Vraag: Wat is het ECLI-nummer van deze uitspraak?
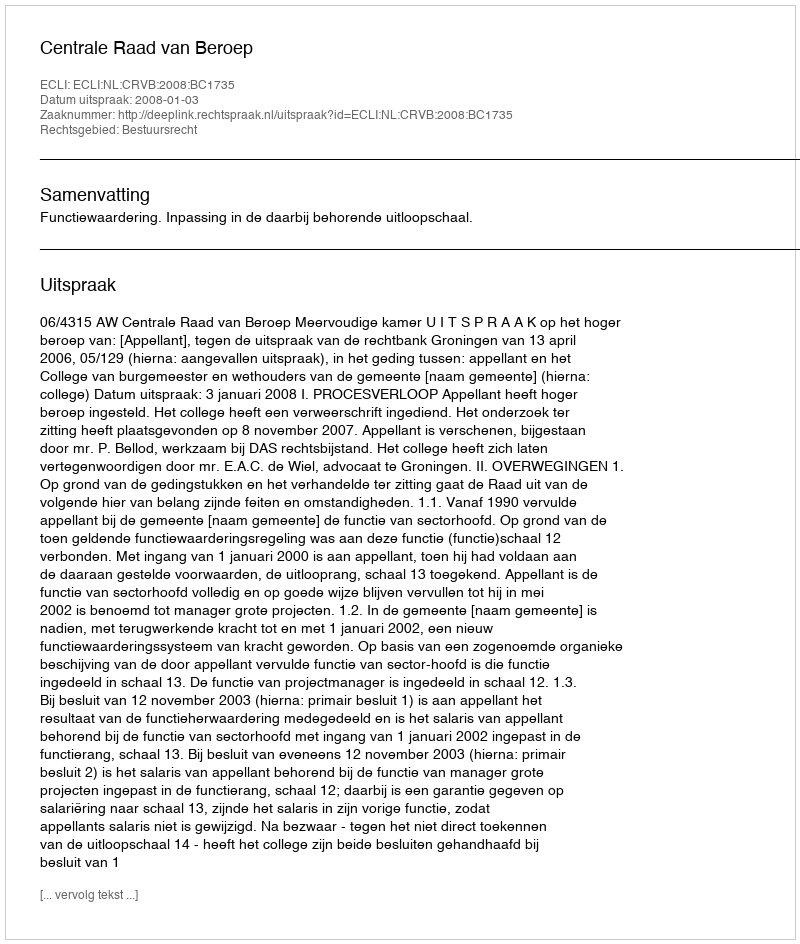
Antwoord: ECLI:NL:CRVB:2008:BC1735